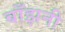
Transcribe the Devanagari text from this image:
बाँझनी